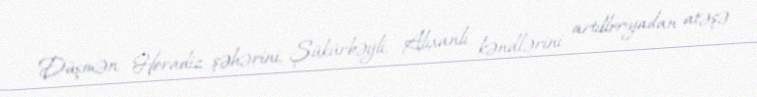
Düşmən Horadiz şəhərini, Şükürbəyli, Alıxanlı kəndlərini artilleriyadan atəşə